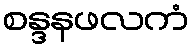
စန္ဒနဖလကံ